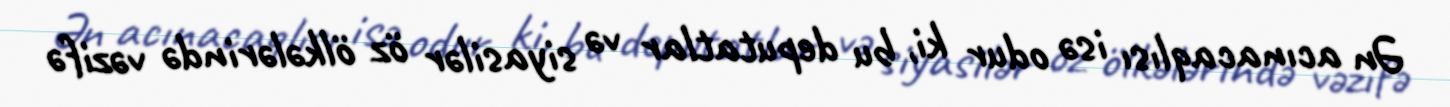
Ən acınacaqlısı isə odur ki, bu deputatlar və siyasilər öz ölkələrində vəzifə